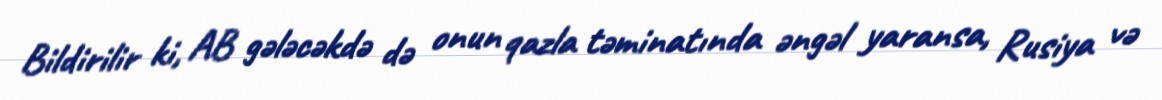
Bildirilir ki, AB gələcəkdə də onun qazla təminatında əngəl yaransa, Rusiya və